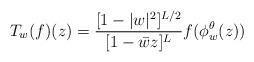
LaTeX: \begin{align*} T_w(f)(z)=\frac{[1-|w|^2]^{L/2}}{[1-\bar w z]^L} f(\phi_w^\theta(z))\end{align*}